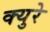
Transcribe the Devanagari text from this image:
क्युरे